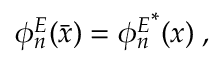
\phi _ { n } ^ { E } ( \bar { x } ) = { \phi _ { n } ^ { E } } ^ { * } ( x ) { \; , }